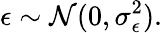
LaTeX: \epsilon\sim\mathcal{N}(0,\sigma_{\epsilon}^{2}).